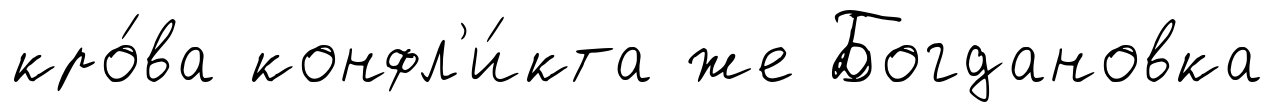
кро́ва конфл'и́кта же Богдановка